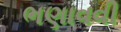
ભણાવવી